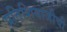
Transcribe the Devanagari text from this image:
प्रतिशिवाजीची